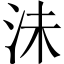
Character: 沬